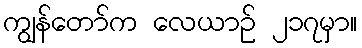
ကျွန်တော်က လေယာဉ် ၂၁၇မှာ။